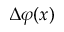
\Delta \varphi ( x )